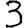
Digit: 3